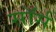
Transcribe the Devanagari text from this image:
सॉर्स